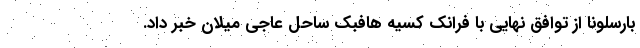
بارسلونا از توافق نهایی با فرانک کسیه هافبک ساحل عاجی میلان خبر داد.